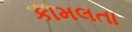
કામલતા